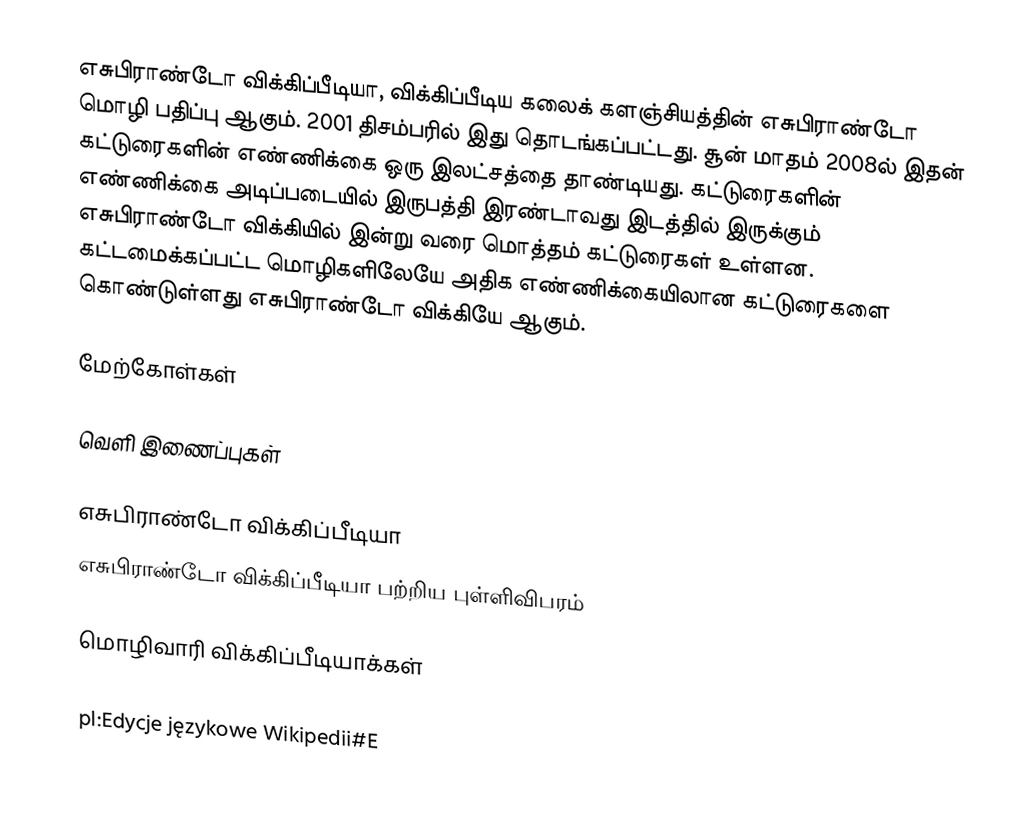
எசுபிராண்டோ விக்கிப்பீடியா, விக்கிப்பீடிய கலைக் களஞ்சியத்தின் எசுபிராண்டோ மொழி பதிப்பு ஆகும். 2001 திசம்பரில் இது தொடங்கப்பட்டது. சூன் மாதம் 2008ல் இதன் கட்டுரைகளின் எண்ணிக்கை ஒரு இலட்சத்தை தாண்டியது. கட்டுரைகளின் எண்ணிக்கை அடிப்படையில் இருபத்தி இரண்டாவது இடத்தில் இருக்கும் எசுபிராண்டோ விக்கியில் இன்று வரை மொத்தம் கட்டுரைகள் உள்ளன. கட்டமைக்கப்பட்ட மொழிகளிலேயே அதிக எண்ணிக்கையிலான கட்டுரைகளை கொண்டுள்ளது எசுபிராண்டோ விக்கியே ஆகும்.

மேற்கோள்கள்

வெளி இணைப்புகள்

 எசுபிராண்டோ விக்கிப்பீடியா
 எசுபிராண்டோ விக்கிப்பீடியா பற்றிய புள்ளிவிபரம்

மொழிவாரி விக்கிப்பீடியாக்கள்

pl:Edycje językowe Wikipedii#E